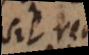
sit rem